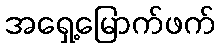
အရှေ့မြောက်ဖက်